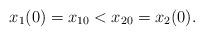
LaTeX: \begin{align*}x_1(0)=x_{10} < x_{20}=x_2(0).\end{align*}